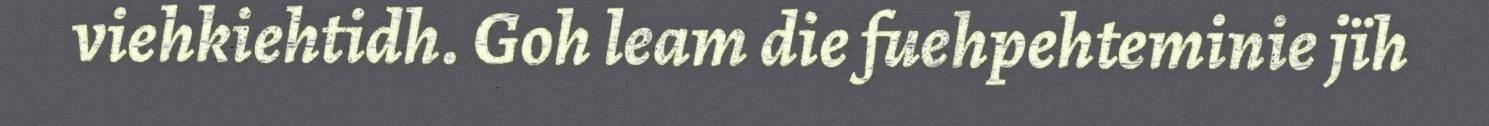
viehkiehtidh. Goh leam die fuehpehteminie jïh